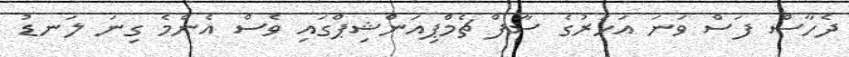
ދެހާސް ފަސް ވަނަ އަހަރުގެ ސާފް ޗެމްޕިއަންޝިޕްގައި ވެސް އެންމެ ގިނަ ލަނޑު